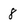
Character: 8